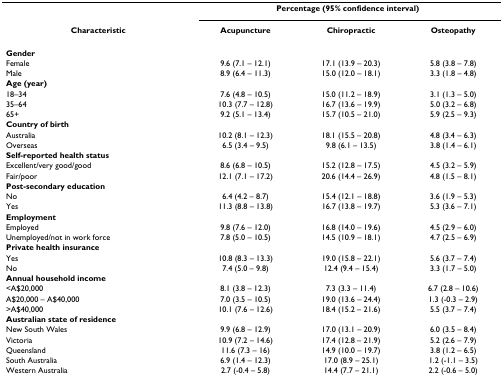
<table><thead><tr><td></td><td colspan="3"><b>Percentage (95% confidence interval)</b></td></tr><tr><td><b>Characteristic</b></td><td><b>Acupuncture</b></td><td><b>Chiropractic</b></td><td><b>Osteopathy</b></td></tr></thead><tbody><tr><td><b>Gender</b></td><td></td><td></td><td></td></tr><tr><td>Female</td><td>9.6 (7.1 – 12.1)</td><td>17.1 (13.9 – 20.3)</td><td>5.8 (3.8 – 7.8)</td></tr><tr><td>Male</td><td>8.9 (6.4 – 11.3)</td><td>15.0 (12.0 – 18.1)</td><td>3.3 (1.8 – 4.8)</td></tr><tr><td><b>Age (year)</b></td><td></td><td></td><td></td></tr><tr><td>18–34</td><td>7.6 (4.8 – 10.5)</td><td>15.0 (11.2 – 18.9)</td><td>3.1 (1.3 – 5.0)</td></tr><tr><td>35–64</td><td>10.3 (7.7 – 12.8)</td><td>16.7 (13.6 – 19.9)</td><td>5.0 (3.2 – 6.8)</td></tr><tr><td>65+</td><td>9.2 (5.1 – 13.4)</td><td>15.7 (10.5 – 21.0)</td><td>5.9 (2.5 – 9.3)</td></tr><tr><td><b>Country of birth</b></td><td></td><td></td><td></td></tr><tr><td>Australia</td><td>10.2 (8.1 – 12.3)</td><td>18.1 (15.5 – 20.8)</td><td>4.8 (3.4 – 6.3)</td></tr><tr><td>Overseas</td><td>6.5 (3.4 – 9.5)</td><td>9.8 (6.1 – 13.5)</td><td>3.8 (1.4 – 6.1)</td></tr><tr><td><b>Self-reported health status</b></td><td></td><td></td><td></td></tr><tr><td>Excellent/very good/good</td><td>8.6 (6.8 – 10.5)</td><td>15.2 (12.8 – 17.5)</td><td>4.5 (3.2 – 5.9)</td></tr><tr><td>Fair/poor</td><td>12.1 (7.1 – 17.2)</td><td>20.6 (14.4 – 26.9)</td><td>4.8 (1.5 – 8.1)</td></tr><tr><td><b>Post-secondary education</b></td><td></td><td></td><td></td></tr><tr><td>No</td><td>6.4 (4.2 – 8.7)</td><td>15.4 (12.1 – 18.8)</td><td>3.6 (1.9 – 5.3)</td></tr><tr><td>Yes</td><td>11.3 (8.8 – 13.8)</td><td>16.7 (13.8 – 19.7)</td><td>5.3 (3.6 – 7.1)</td></tr><tr><td><b>Employment</b></td><td></td><td></td><td></td></tr><tr><td>Employed</td><td>9.8 (7.6 – 12.0)</td><td>16.8 (14.0 – 19.6)</td><td>4.5 (2.9 – 6.0)</td></tr><tr><td>Unemployed/not in work force</td><td>7.8 (5.0 – 10.5)</td><td>14.5 (10.9 – 18.1)</td><td>4.7 (2.5 – 6.9)</td></tr><tr><td><b>Private health insurance</b></td><td></td><td></td><td></td></tr><tr><td>Yes</td><td>10.8 (8.3 – 13.3)</td><td>19.0 (15.8 – 22.1)</td><td>5.6 (3.7 – 7.4)</td></tr><tr><td>No</td><td>7.4 (5.0 – 9.8)</td><td>12.4 (9.4 – 15.4)</td><td>3.3 (1.7 – 5.0)</td></tr><tr><td><b>Annual household income</b></td><td></td><td></td><td></td></tr><tr><td>&lt;A$20,000</td><td>8.1 (3.8 – 12.3)</td><td>7.3 (3.3 – 11.4)</td><td>6.7 (2.8 – 10.6)</td></tr><tr><td>A$20,000 – A$40,000</td><td>7.0 (3.5 – 10.5)</td><td>19.0 (13.6 – 24.4)</td><td>1.3 (-0.3 – 2.9)</td></tr><tr><td>&gt;A$40,000</td><td>10.1 (7.6 – 12.6)</td><td>18.4 (15.2 – 21.6)</td><td>5.5 (3.7 – 7.4)</td></tr><tr><td><b>Australian state of residence</b></td><td></td><td></td><td></td></tr><tr><td>New South Wales</td><td>9.9 (6.8 – 12.9)</td><td>17.0 (13.1 – 20.9)</td><td>6.0 (3.5 – 8.4)</td></tr><tr><td>Victoria</td><td>10.9 (7.2 – 14.6)</td><td>17.4 (12.8 – 21.9)</td><td>5.2 (2.6 – 7.9)</td></tr><tr><td>Queensland</td><td>11.6 (7.3 – 16)</td><td>14.9 (10.0 – 19.7)</td><td>3.8 (1.2 – 6.5)</td></tr><tr><td>South Australia</td><td>6.9 (1.4 – 12.3)</td><td>17.0 (8.9 – 25.1)</td><td>1.2 (-1.1 – 3.5)</td></tr><tr><td>Western Australia</td><td>2.7 (-0.4 – 5.8)</td><td>14.4 (7.7 – 21.1)</td><td>2.2 (-0.6 – 5.0)</td></tr></tbody></table>